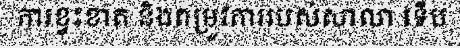
ការខ្វះខាត និងតម្រូវការរបស់សាលា ទើប